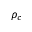
\rho _ { c }